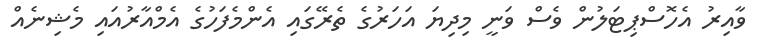
ވާއިރު އެހޮސްޕިޓަލުން ވެސް ވަނީ މިދިޔަ އަހަރުގެ ތެރޭގައި އެންމެފަހުގެ އެމްއާރުއައި މެޝިނެއް